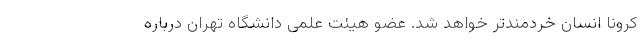
کرونا انسان خردمندتر خواهد شد. عضو هیئت علمی دانشگاه تهران درباره